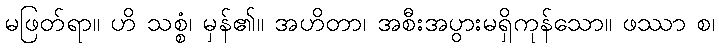
မဖြတ်ရာ။ ဟိ သစ္စံ၊ မှန်၏။ အဟိတာ၊ အစီးအပွားမရှိကုန်သော။ ဖဿာ စ၊